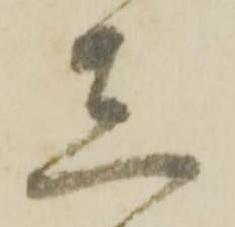
意